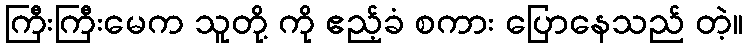
ကြီးကြီးမေက သူတို့ ကို ဧည့်ခံ စကား ပြောနေသည် တဲ့။